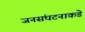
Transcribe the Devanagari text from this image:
जनसंघटनाकडे